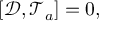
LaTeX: \left[ \mathcal { D } , \mathcal { T } _ { a } \right] = 0 ,